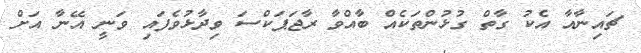
ޗައިނާއާ އެކު ގާތް ގުޅުންތަކެއް ބާއްވާ ރާޖަޕަކްސަ ވިދާޅުވެފައި ވަނީ އޭނާ އަށް